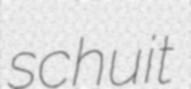
schuit